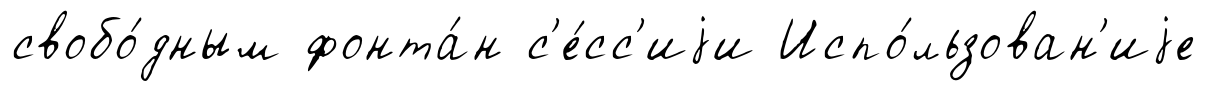
свобо́дным фонта́н с'е́сс'иjи Испо́льзован'иjе